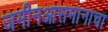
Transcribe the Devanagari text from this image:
जमीनआसमानाचा